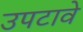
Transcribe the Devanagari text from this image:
उपटावे